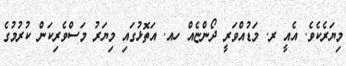
މިޔަރެކެވެ. އެއީ ރ. މަޑުއްވަރީ ދޯންޏެއް ހއ. އަތޮޅުގައި މިޔަރު މަސްވެރިކަން ކުރުމުގެ